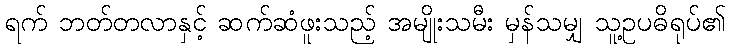
ရက် ဘတ်တလာနှင့် ဆက်ဆံဖူးသည့် အမျိုးသမီး မှန်သမျှ သူ့ဥပဓိရုပ်၏